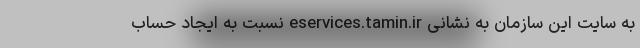
به سایت این سازمان به نشانی eservices.tamin.ir نسبت به ایجاد حساب